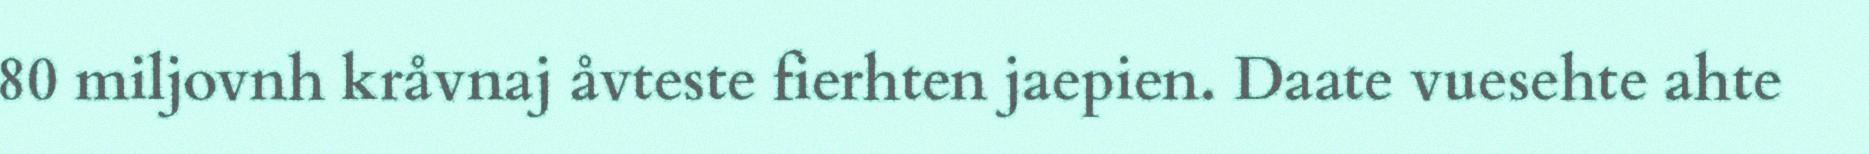
80 miljovnh kråvnaj åvteste fierhten jaepien. Daate vuesehte ahte